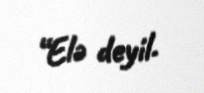
“Elə deyil.